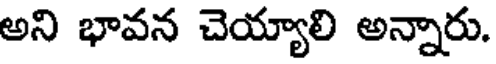
అని భావన చెయ్యాలి అన్నారు.